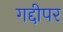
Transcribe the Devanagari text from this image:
गद्दीपर